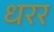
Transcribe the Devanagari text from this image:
धरर